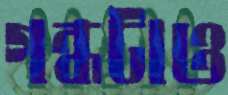
গন্ধটাও